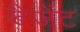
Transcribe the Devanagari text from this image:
बैजेंट